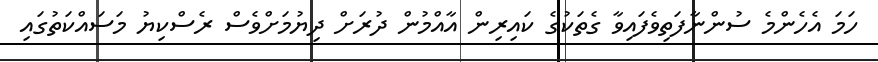
ހަމަ އެހެންމެ ސުންނާފަތިވެފައިވާ ގެތަކުގެ ކައިރިން އާއްމުން ދުރަށް ދިޔުމަށްވެސް ރެސްކިޔު މަސައްކަތުގައި